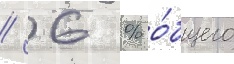
/ 6 % о́бщего